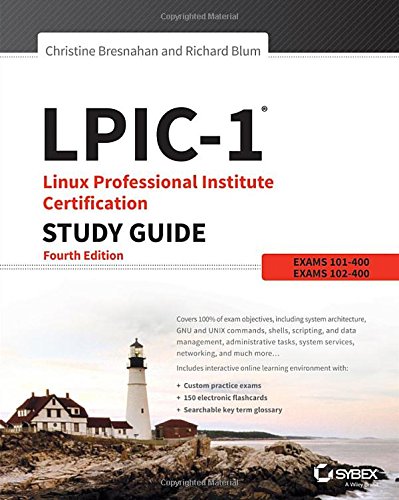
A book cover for LPIC-1 Linux Professional Institute Certification Study Guide: Exam 101-400 and Exam 102-400; Christine Bresnahan; Computers & Technology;